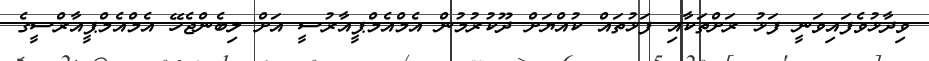
ވިދާޅުވެފައިވަނީ ފަޅު ރަށްތަކާއި ފަޅުތައް ކުއްޔަށް ދޫކުރުމުން އެމްއެމްޕީއާރުސީ އަށް ލިބެންޖެހޭ އެމްއެމްޕީއާރްސީގެ